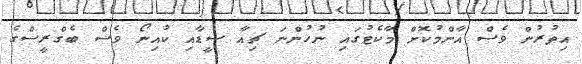
އިތުރުން ވެސް އާންމުކޮށް މާކެޓުގައި ނުހުންނަ ޗިއާ ސީޑާއި ކުއިނޯ ވެސް ބެގްރީސްގެ